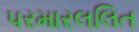
પરમારલલિત